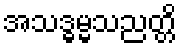
အသဒ္ဓမ္မသညတ္တိ